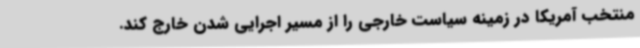
منتخب آمریکا در زمینه سیاست خارجی را از مسیر اجرایی شدن خارج کند.